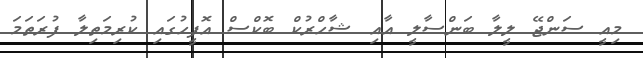
މިއީ ސަންޖޭ ލީލާ ބަންސާލީ އާއި ޝާހްރުކް ބޮކްސް އޮފީހުގައި ކުރިމަތިލާ ފުރަތަމަ